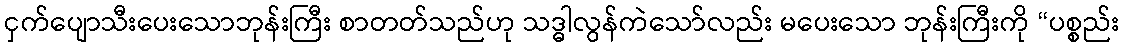
ငှက်ပျောသီးပေးသောဘုန်းကြီး စာတတ်သည်ဟု သဒ္ဓါလွန်ကဲသော်လည်း မပေးသော ဘုန်းကြီးကို “ပစ္စည်း